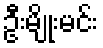
ဦးမျိုးမင်း